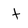
Character: t